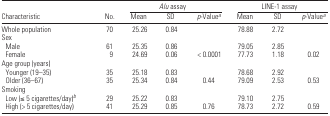
<table><thead><tr><td></td><td></td><td colspan="3"><b><i>Alu</i> assay</b></td><td colspan="3"><b>LINE-1 assay</b></td></tr><tr><td><b>Characteristic</b></td><td><b>No.</b></td><td><b>Mean</b></td><td><b>SD</b></td><td><b><i>p</i>-Valuea</b></td><td><b>Mean</b></td><td><b>SD</b></td><td><b><i>p</i>-Valuea</b></td></tr></thead><tbody><tr><td>Whole population</td><td>70</td><td>25.26</td><td>0.84</td><td></td><td>78.88</td><td>2.72</td><td></td></tr><tr><td colspan="8">Sex</td></tr><tr><td> Male</td><td>61</td><td>25.35</td><td>0.86</td><td></td><td>79.05</td><td>2.85</td><td></td></tr><tr><td> Female</td><td>9</td><td>24.69</td><td>0.06</td><td>&lt; 0.0001</td><td>77.73</td><td>1.18</td><td>0.02</td></tr><tr><td colspan="8">Age group (years)</td></tr><tr><td> Younger (19–35)</td><td>35</td><td>25.18</td><td>0.83</td><td></td><td>78.68</td><td>2.92</td><td></td></tr><tr><td> Older (36–67)</td><td>35</td><td>25.34</td><td>0.84</td><td>0.44</td><td>79.09</td><td>2.53</td><td>0.53</td></tr><tr><td colspan="8">Smoking</td></tr><tr><td> Low (≤5 cigarettes/day)b</td><td>29</td><td>25.22</td><td>0.83</td><td></td><td>79.10</td><td>2.75</td><td></td></tr><tr><td> High (&gt; 5 cigarettes/day)</td><td>41</td><td>25.29</td><td>0.85</td><td>0.76</td><td>78.73</td><td>2.72</td><td>0.59</td></tr></tbody></table>